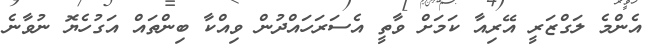
އެންމެ ލަގްޒަރީ އޭރިއާ ކަމަށް ވާތީ އެސަރަހައްދުން ވިއްކާ ބިންތައް އަގުހެޔޮ ނުވާނެ